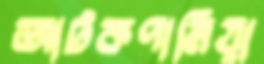
আটকপালিয়া